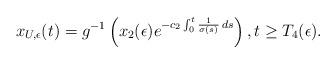
LaTeX: \begin{align*} x_{U,\epsilon}(t)=g^{-1}\left(x_2(\epsilon)e^{-c_2\int_0^t \frac{1}{\sigma(s)}\,ds}\right), t\geq T_4(\epsilon).\end{align*}